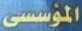
المؤسسى